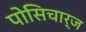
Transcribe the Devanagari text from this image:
पोसिचार्ज